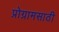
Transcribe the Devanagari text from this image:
प्रोग्रामसाठी